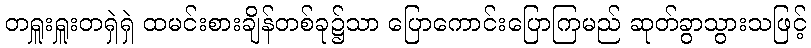
တရှူးရှူးတရှဲရှဲ ထမင်းစားချိန်တစ်ခု၌သာ ပြောကောင်းပြောကြမည် ဆုတ်ခွာသွားသဖြင့်